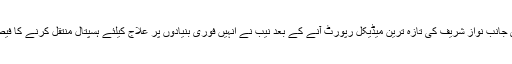
دوسری جانب نواز شریف کی تازہ ترین میڈیکل رپورٹ آنے کے بعد نیب نے انہیں فوری بنیادوں پر علاج کیلئے ہسپتال منتقل کرنے کا فیصلہ کیا۔